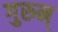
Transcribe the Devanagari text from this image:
गुरुन्